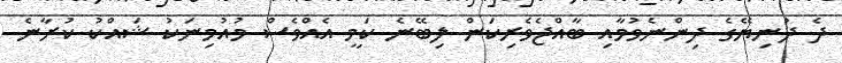
ދެ ދުނިޔޭގެ ދިންނެވުމާއި ބާއްޖެވެރިކަން ލިބޭނެ ކަމީ އެއްވެސް މުއުމިނަކު ޝައްކު ކުރާނެ